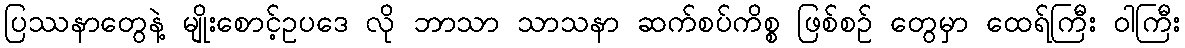
ပြဿနာတွေနဲ့ မျိုးစောင့်ဥပဒေ လို ဘာသာ သာသနာ ဆက်စပ်ကိစ္စ ဖြစ်စဉ် တွေမှာ ထေရ်ကြီး ဝါကြီး